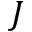
J